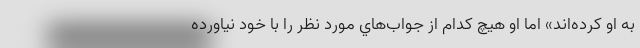
به او كرده‌اند» اما او هيچ كدام از جواب‌هاي مورد نظر را با خود نياورده